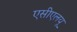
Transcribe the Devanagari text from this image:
एसीएलयू